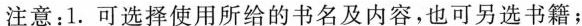
注意:1.可选择使用所给的书名及内容,也可另选书籍;